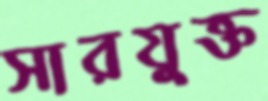
সারযুক্ত